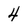
Character: 4